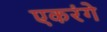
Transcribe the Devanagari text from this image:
एकरंगे